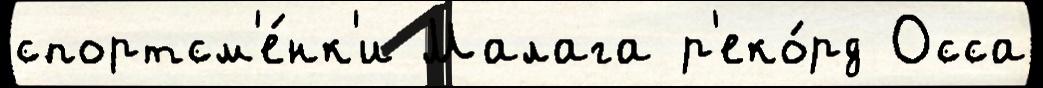
спортсм'е́нк'и Малага р'еко́рд Осса